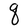
Character: q